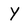
Character: Y